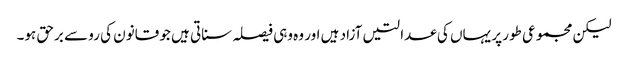
لیکن مجموعی طور پر یہاں کی عدالتیں آزاد ہیں اور وہ وہی فیصلہ سناتی ہیں جو قانون کی رو سے برحق ہو۔